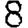
Digit: 8